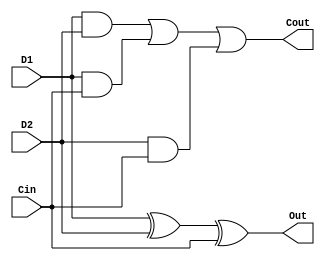
module single_digit_adder (D1, D2, Cin, Cout, Out);

    input D1, D2, Cin; // input 1, 2, and carry in
    output Cout, Out; // output and carry out

    wire D12, D1C, D2C; // for calculating carry out

    xor(Out, D1, D2, Cin); // calculate output
    and(D12, D1, D2);
    and(D1C, D1, Cin);
    and(D2C, D2, Cin);
    or(Cout, D12, D1C, D2C);

endmodule